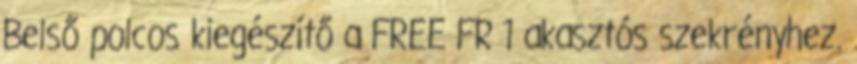
Belső polcos kiegészítő a FREE FR 1 akasztós szekrényhez.